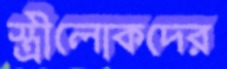
স্ত্রীলোকদের